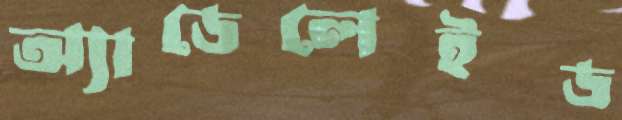
অ্যাডেলেইড